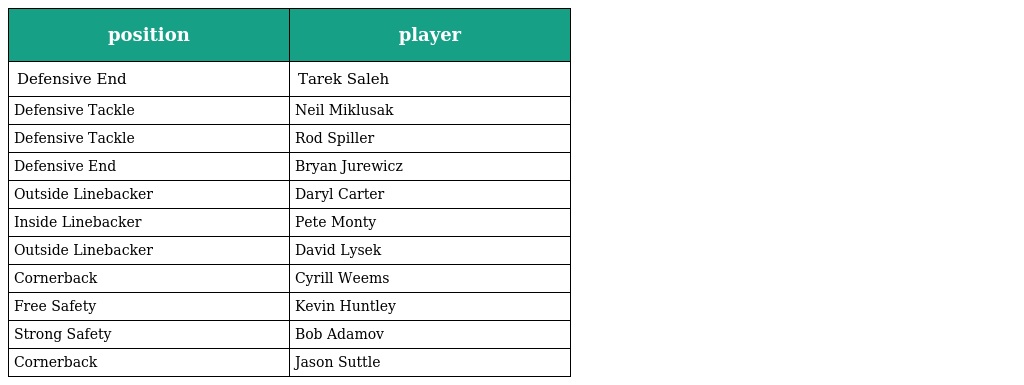
| position | player |
 | --- | --- |
 | Defensive End | Tarek Saleh |
 | Defensive Tackle | Neil Miklusak |
 | Defensive Tackle | Rod Spiller |
 | Defensive End | Bryan Jurewicz |
 | Outside Linebacker | Daryl Carter |
 | Inside Linebacker | Pete Monty |
 | Outside Linebacker | David Lysek |
 | Cornerback | Cyrill Weems |
 | Free Safety | Kevin Huntley |
 | Strong Safety | Bob Adamov |
 | Cornerback | Jason Suttle |